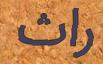
راث